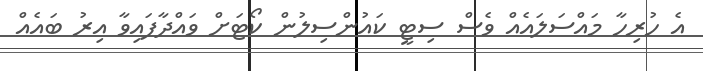
އެ ހުރިހާ މައްސަލައެއް ވެސް ސިޓީ ކައުންސިލުން ކޯޓަށް ވައްދާފައިވާ އިރު ބައެއް